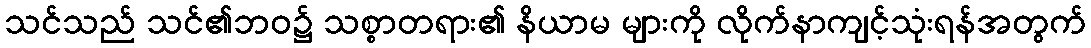
သင်သည် သင်၏ဘဝ၌ သစ္စာတရား၏ နိယာမ များကို လိုက်နာကျင့်သုံးရန်အတွက်